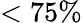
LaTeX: <75\%